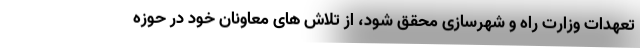
تعهدات وزارت راه و شهرسازی محقق شود، از تلاش های معاونان خود در حوزه